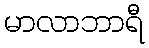
မာလာဘာရီ